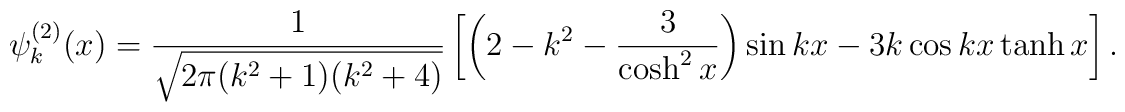
\psi^{(2)}_{k} (x) = \frac{1}{\sqrt{2 \pi (k^{2}+1)(k^{2}+4)}}\left[ \left( 2-k^{2} - \frac{3}{\cosh^{2} x} \right) \sin kx - 3k \cos kx \tanh x \right].